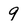
Character: 9